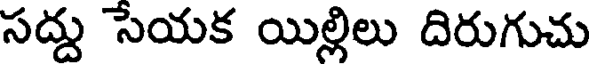
సద్దు సేయక యిల్లిలు దిరుగుచు